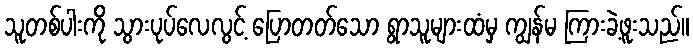
သူတစ်ပါးကို သွားပုပ်လေလွင့် ပြောတတ်သော ရွာသူများထံမှ ကျွန်မ ကြားခဲ့ဖူးသည်။